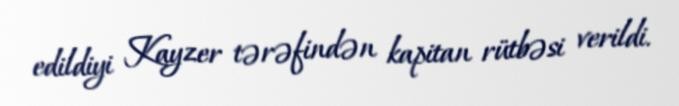
edildiyi Kayzer tərəfindən kapitan rütbəsi verildi.